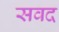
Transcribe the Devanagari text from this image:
सवद